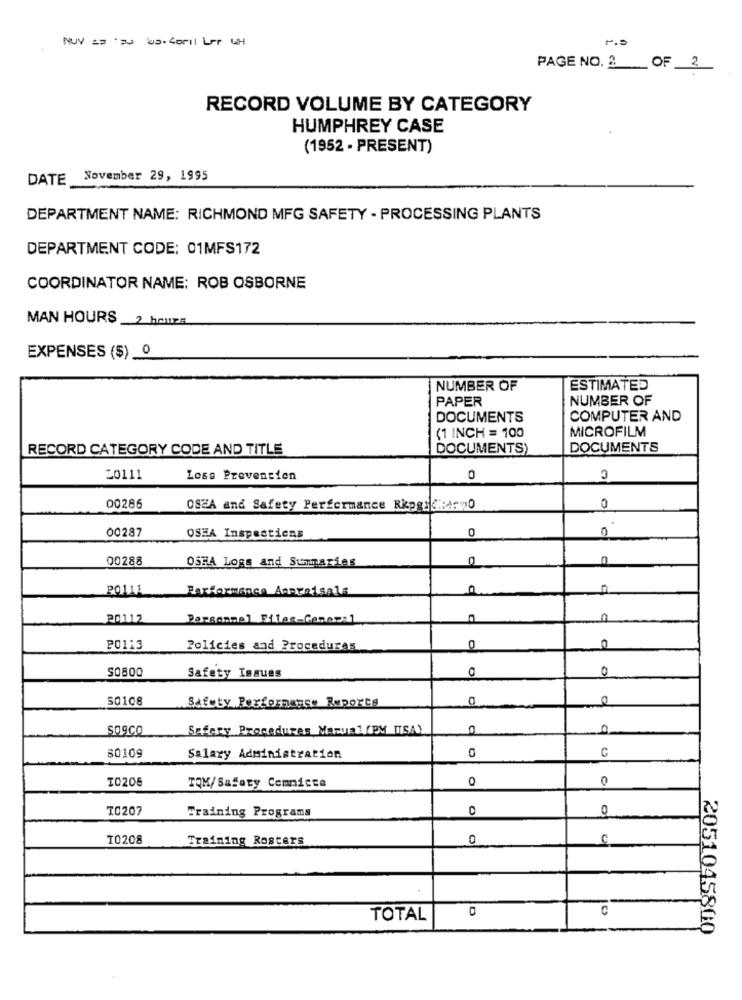
PAGE NO. 2 ___ OF_2
RECORD VOLUME BY CATEGORY
HUMPHREY CASE
(1952 - PRESENT)
DATE November 29, 1995
DEPARTMENT NAME: RICHMOND MFG SAFETY - PROCESSING PLANTS
DEPARTMENT CODE: 01MFS172
COORDINATOR NAME: ROB OSBORNE
MAN HOURS 2 hours
EXPENSES ($) _0
NUMBER OF
ESTIMATED
PAPER
NUMBER OF
DOCUMENTS
COMPUTER AND
(1 INCH = 100
MICROFILM
RECORD CATEGORY CODE AND TITLE
DOCUMENTS)
DOCUMENTS
20111
Loss Prevention
0
00286
OSEA and Safety Performance Rkpgickervo
0
00287
0
OSHA Inspections
00288
OSHA Logs and Summaries
20111
Parformance Appraisals
20112
Personnel Files-Concr:1
n
PO113
Policies and Procedures
0
0
0
0
Safety Issues
S0108
Safety Performance Reports
SOgCO
Safery Procedures Maruil (PM ISA)
0
C
80109
Salary Administration
0
T0206
0
0
TOM/Safety Commicte
TO207
Training Programs
0
0
I0208
Training Rosters
0
0
0
C
TOTAL
2051045800